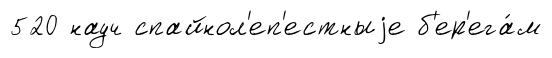
520 науч спайнол'еп'естныjе б'ер'ега́м